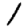
Digit: 1